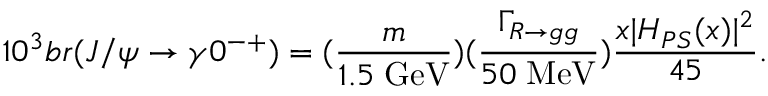
1 0 ^ { 3 } b r ( J / \psi \rightarrow \gamma 0 ^ { - + } ) = ( \frac { m } { 1 . 5 \; \mathrm { G e V } } ) ( \frac { \Gamma _ { R \rightarrow g g } } { 5 0 \; \mathrm { M e V } } ) \frac { x | H _ { P S } ( x ) | ^ { 2 } } { 4 5 } .